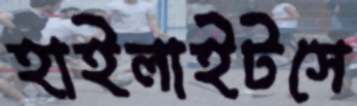
হাইলাইটসে